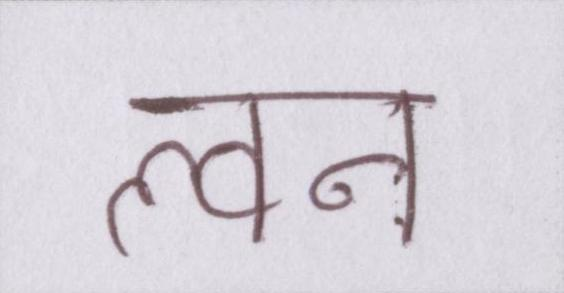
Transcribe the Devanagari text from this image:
ल्वन